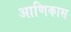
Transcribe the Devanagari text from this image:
आणिकास